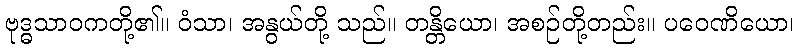
ဗုဒ္ဓသာဝကတို့၏။ ဝံသာ၊ အနွယ်တို့ သည်။ တန္တိယော၊ အစဉ်တို့တည်း။ ပဝေဏိယော၊